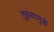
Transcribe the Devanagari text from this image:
तुझ्यामुळे